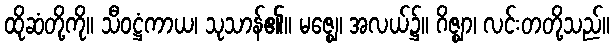
ထိုဆံတို့ကို။ သီဝဋ္ဌံကာယ၊ သုသာန်၏။ မဇ္ဈေ၊ အလယ်၌။ ဂိဇ္ဈာ၊ လင်းတတို့သည်။